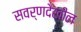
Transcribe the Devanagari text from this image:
सवर्णदेखील